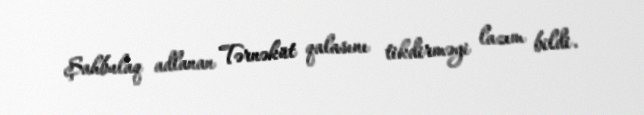
Şahbulaq adlanan Tərnəküt qalasını tikdirməyi lazım bildi.